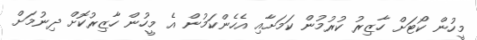
މީހުން ކޯޓަށް ހާޒިރު ކުރުމުން ކަމަށާއި އެހެންކަމުން އެ މީހުން ހާޒިރުކޮށް ދިނުމަށް